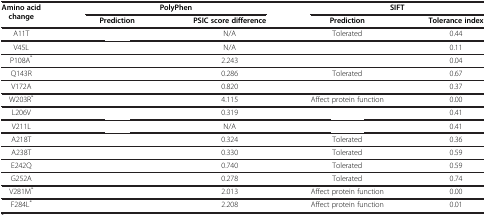
<table><thead><tr><td rowspan="2"><b>Amino acid change</b></td><td colspan="2"><b>PolyPhen</b></td><td colspan="2"><b>SIFT</b></td></tr><tr><td><b>Prediction</b></td><td><b>PSIC score difference</b></td><td><b>Prediction</b></td><td><b>Tolerance index</b></td></tr></thead><tbody><tr><td>A11T</td><td>[EMPTY_CELL]</td><td>N/A</td><td>Tolerated</td><td>0.44</td></tr><tr><td>V45L</td><td>[EMPTY_CELL]</td><td>N/A</td><td>[EMPTY_CELL]</td><td>0.11</td></tr><tr><td>P108A<sup>*</sup></td><td>[EMPTY_CELL]</td><td>2.243</td><td>[EMPTY_CELL]</td><td>0.04</td></tr><tr><td>Q143R</td><td>[EMPTY_CELL]</td><td>0.286</td><td>Tolerated</td><td>0.67</td></tr><tr><td>V172A</td><td>[EMPTY_CELL]</td><td>0.820</td><td>[EMPTY_CELL]</td><td>0.37</td></tr><tr><td>W203R<sup>*</sup></td><td>[EMPTY_CELL]</td><td>4.115</td><td>Affect protein function</td><td>0.00</td></tr><tr><td>L206V</td><td>[EMPTY_CELL]</td><td>0.319</td><td>[EMPTY_CELL]</td><td>0.41</td></tr><tr><td>V211L</td><td>[EMPTY_CELL]</td><td>N/A</td><td>[EMPTY_CELL]</td><td>0.41</td></tr><tr><td>A218T</td><td>[EMPTY_CELL]</td><td>0.324</td><td>Tolerated</td><td>0.36</td></tr><tr><td>A238T</td><td>[EMPTY_CELL]</td><td>0.330</td><td>Tolerated</td><td>0.59</td></tr><tr><td>E242Q</td><td>[EMPTY_CELL]</td><td>0.740</td><td>Tolerated</td><td>0.59</td></tr><tr><td>G252A</td><td>[EMPTY_CELL]</td><td>0.278</td><td>Tolerated</td><td>0.74</td></tr><tr><td>V281M<sup>*</sup></td><td>[EMPTY_CELL]</td><td>2.013</td><td>Affect protein function</td><td>0.00</td></tr><tr><td>F284L<sup>*</sup></td><td>[EMPTY_CELL]</td><td>2.208</td><td>Affect protein function</td><td>0.01</td></tr></tbody></table>